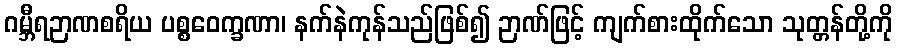
ဂမ္ဘီရဉာဏစရိယ ပစ္စဝေက္ခဏာ၊ နက်နဲကုန်သည်ဖြစ်၍ ဉာဏ်ဖြင့် ကျက်စားထိုက်သော သုတ္တန်တို့ကို